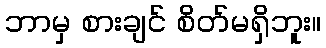
ဘာမှ စားချင် စိတ်မရှိဘူး။